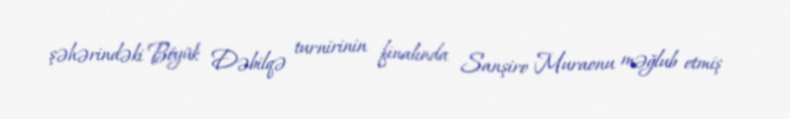
şəhərindəki Böyük Dəbilqə turnirinin finalında Sanşiro Muraonu məğlub etmiş